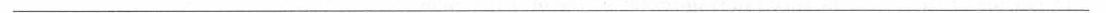
___